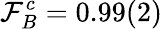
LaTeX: \mathcal{F}_{B}^{c}=0.99(2)